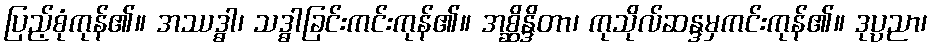
ပြည့်စုံကုန်၏။ အဿဒ္ဓါ၊ သဒ္ဓါခြင်းကင်းကုန်၏။ အစ္ဆိန္ဒိတာ၊ ကုသိုလ်ဆန္ဒမှကင်းကုန်၏။ ဒုပ္ပညာ၊